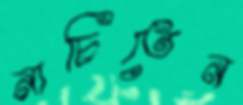
নাচিতেন